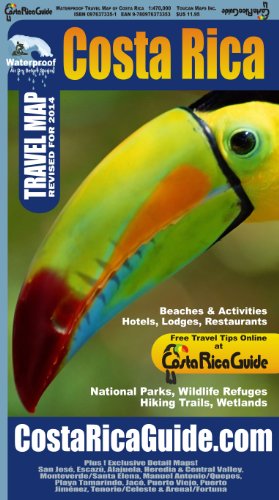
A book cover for Waterproof Travel Map Of Costa Rica; Ray Krueger Koplin; Travel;